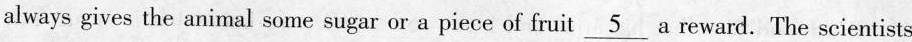
always gives the animal some sugar or a piece of fruit \underline{5} a reward. The scientists